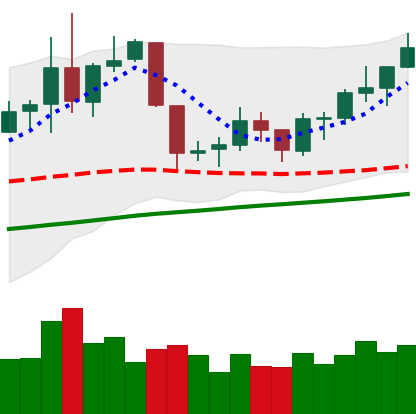
Ticker: NEO-USD
Chart end date: 2019-06-15
Forward return: -3.158%
Label: down_3_5